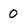
Character: O